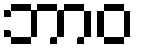
ဘာဝ